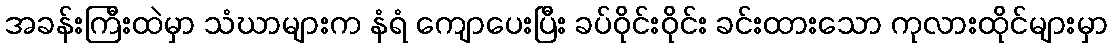
အခန်းကြီးထဲမှာ သံဃာများက နံရံ ကျောပေးပြီး ခပ်ဝိုင်းဝိုင်း ခင်းထားသော ကုလားထိုင်များမှာ